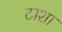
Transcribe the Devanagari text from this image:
टाशा